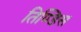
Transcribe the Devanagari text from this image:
तिण्डिस